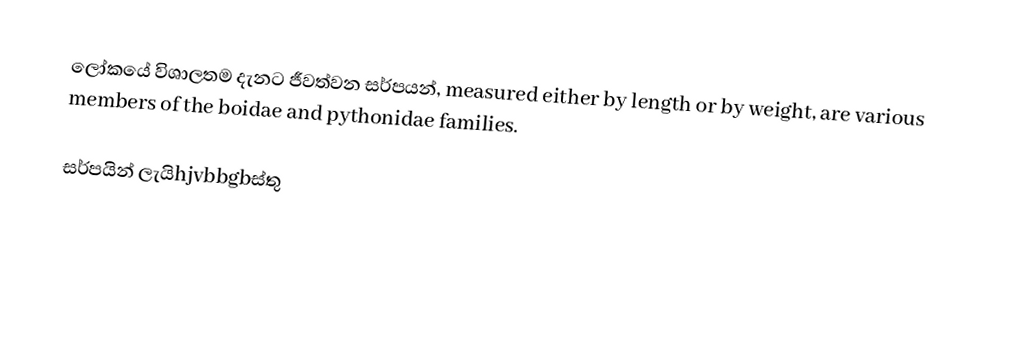
ලෝකයේ විශාලතම දැනට ජීවත්වන සර්පයන්,  measured either by length or by weight, are various members of the boidae and pythonidae families.

සර්පයින් ලැයිhjvbbgbස්තු